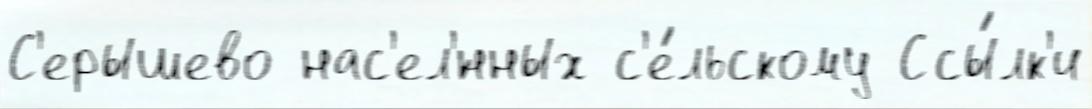
С'ерышево нас'ел'́нных с'е́льскому Ссы́лк'и